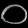
Digit: ၀